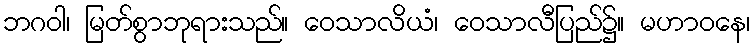
ဘဂဝါ၊ မြတ်စွာဘုရားသည်။ ဝေသာလိယံ၊ ဝေသာလီပြည်၌။ မဟာဝနေ၊